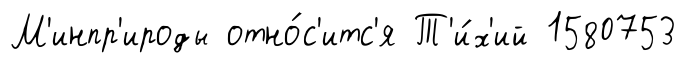
М'инпр'ироды отно́с'итс'я Т'и́х'ий 1580753